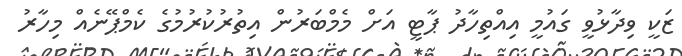
ޒަކީ ވިދާޅުވީ ގައުމީ އިއްތިހާދު ޕާޓީ އަށް މެމްބަރުން އިތުރުކުރުމުގެ ކެމްޕޭނެއް މިހާރު